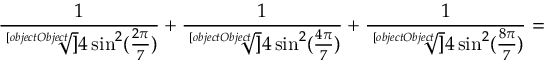
{ \frac { 1 } { \sqrt [ [object Object] ] { 4 \sin ^ { 2 } ( { \frac { 2 \pi } { 7 } } ) } } } + { \frac { 1 } { \sqrt [ [object Object] ] { 4 \sin ^ { 2 } ( { \frac { 4 \pi } { 7 } } ) } } } + { \frac { 1 } { \sqrt [ [object Object] ] { 4 \sin ^ { 2 } ( { \frac { 8 \pi } { 7 } } ) } } } =